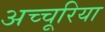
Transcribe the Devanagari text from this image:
अच्चूरिया